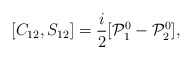
\begin{align*}[C_{12},S_{12}] = \frac{i}{2}[{\cal P}^0_1 - {\cal P}^0_2],\end{align*}